Leaving Certificate Examination (including Day School Certificate (Higher) General paper), 1932
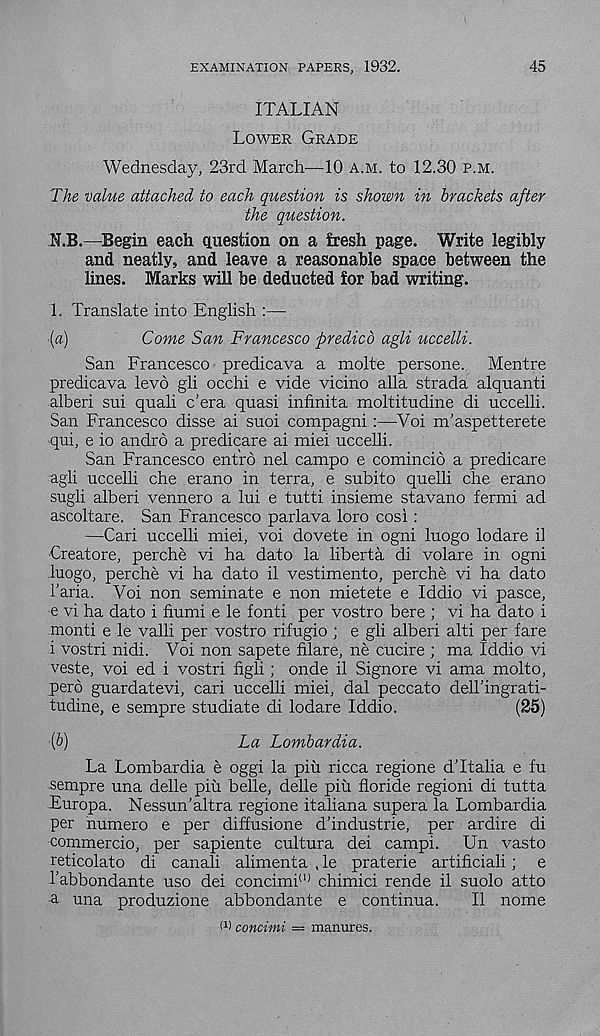
EXAMINATION PAPERS, 1932.
45
ITALIAN
Lower Grade
Wednesday, 23rd March—10 a.m. to 12.30 p.m.
The value attached to each question is shown in brackets after
the question.
N.B.—Begin each question on a fresh page. Write legibly
and neatly, and leave a reasonable space between the
lines. Marks will be deducted for bad writing.
1. Translate into English :—
{a)
Come San Francesco predied agli uccelli.
San Francesco predicava a molte persone. Mentre
predicava levo gli occhi e vide vicino alia strada alquanti
alberi sui quali e'era quasi infinita moltitudine di uccelli.
San Francesco disse ai suoi compagni:—Voi m'aspetterete
qui, e io andrd a predicare ai miei uccelli.
San Francesco entro nel campo e comincio a predicare
agli uccelli che erano in terra, e subito quelli che erano
sugli alberi vennero a lui e tutti insieme stavano fermi ad
ascoltare. San Francesco parlava loro cosi:
—Cari uccelli miei, voi dovete in ogni luogo lodare il
■ Creatore, perche vi ha dato la liberta di volare in ogni
luogo, perche vi ha dato il vestimento, perche vi ha dato
I’aria, Voi non seminate e non mietete e Iddio vi pasce,
e vi ha dato i fiumi e le fonti per vostro here ; vi ha dato i
monti e le valli per vostro rifugio ; e gli alberi alti per fare
i vostri nidi. Voi non sapete filare, ne cucire ; ma Iddio vi
veste, voi ed i vostri figli; onde il Signore vi ama motto,
pero guardatevi, cari uccelli miei, dal peccato dell’ingrati-
tudine, e sempre studiate di lodare Iddio.
(25)
(b)
La Lombardia.
La Lombardia e oggi la piu ricca regione dTtalia e fu
sempre una delle piu belle, delle piu floride regioni di tutta
Europa. Nessun’altra regione italiana supera la Lombardia
per numero e per diffusione d’industrie, per ardire di
commercio, per sapiente cultura dei campi.
Un vasto
reticolato di canali alimenta , le praterie artihciali; e
1'abbondante uso dei concimi (I) chimici rende il suolo atto
a una produzione abbondante e continua.
Il nome
I 1 ) concimi = manures.